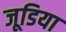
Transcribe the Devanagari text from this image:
जूडिया